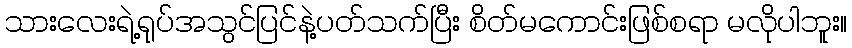
သားလေးရဲ့ရုပ်အသွင်ပြင်နဲ့ပတ်သက်ပြီး စိတ်မကောင်းဖြစ်စရာ မလိုပါဘူး။